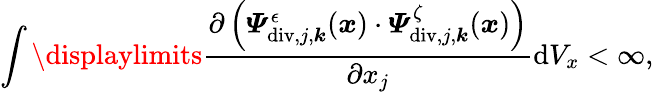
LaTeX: \int\displaylimits\frac{\partial\left(\boldsymbol{\varPsi}_{\mathrm{div},j,\boldsymbol{k}}^{\epsilon}(\boldsymbol{x})\cdot\boldsymbol{\varPsi}_{\mathrm{div},j,\boldsymbol{k}}^{\zeta}(\boldsymbol{x})\right)}{\partial x_{j}}\mathrm{d}V_{x}<\infty,